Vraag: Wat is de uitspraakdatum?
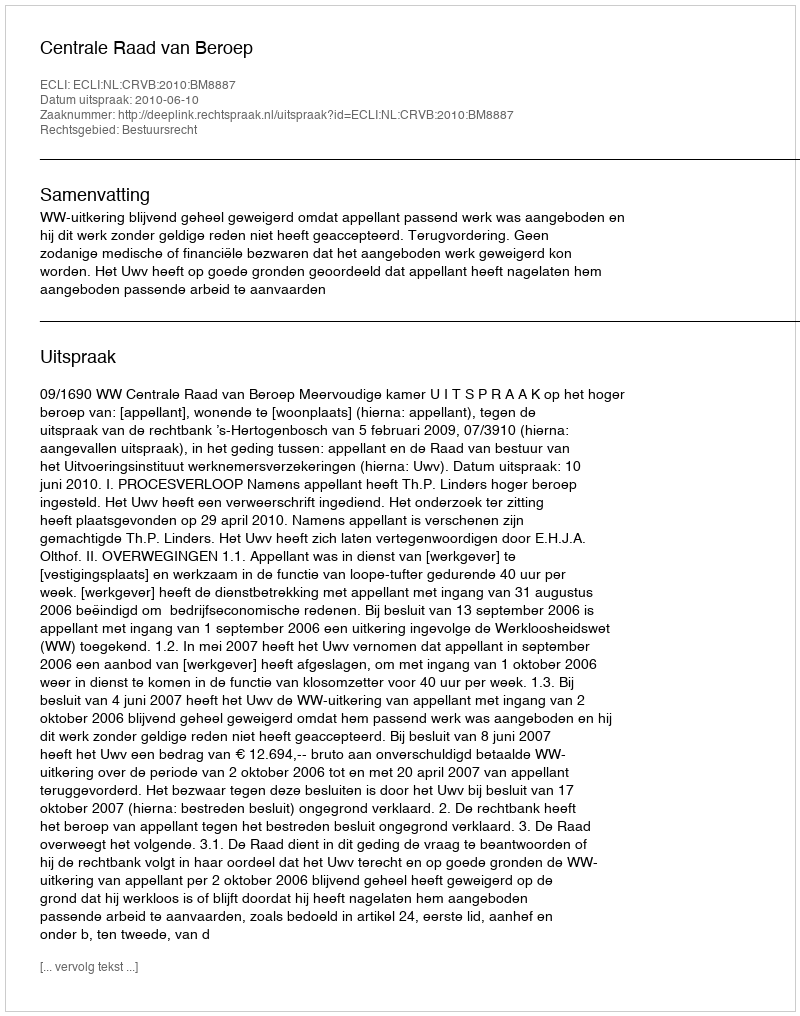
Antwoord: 2010-06-10